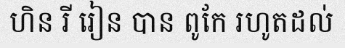
ហិន រី រៀន បាន ពូកែ រហូតដល់